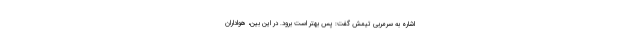
اشاره به سرمربی تیمش گفت: پس بهتر است برود. در این بین، هواداران